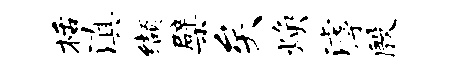
栝滇缬檗矣焕滹殷